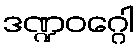
ဒဏ္ဍဝဂ္ဂေါ